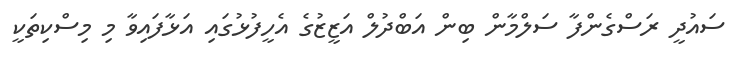
ސައުދީ ރަސްގެންފާ ސަލްމާން ބިން އަބްދުލް އަޒީޒުގެ އެހީފުޅުގައި އަޅާފައިވާ މި މިސްކިތަކީ